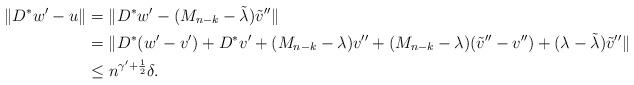
LaTeX: \begin{align*} \|D^* w' -u\|& = \| D^* w' - (M_{n-k}-\tilde \lambda) \tilde v'' \| \\ &= \| D^* (w'-v') + D^*v' + (M_{n-k}-\lambda) v'' + (M_{n-k}-\lambda) (\tilde v''-v'') + (\lambda -\tilde \lambda) \tilde v''\| \\ & \le n^{\gamma'+\frac{1}{2}} \delta.\end{align*}